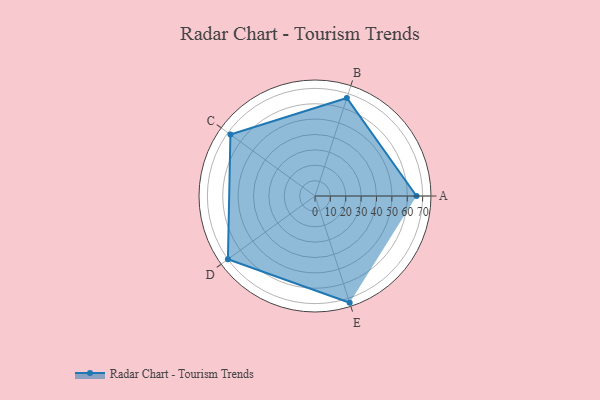
{"axis": {"x": "Skill", "y": "Score"}, "legend": ["Profile"], "data": [{"x": "A", "y": 66.0, "type": "Profile"}, {"x": "B", "y": 67.0, "type": "Profile"}, {"x": "C", "y": 68.0, "type": "Profile"}, {"x": "D", "y": 70.0, "type": "Profile"}, {"x": "E", "y": 73.0, "type": "Profile"}]}